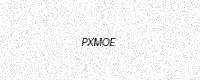
Text: PXMOE